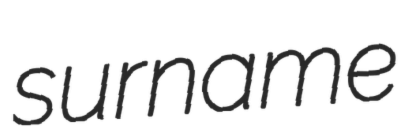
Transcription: surname